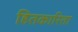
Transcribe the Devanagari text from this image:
हितकारिता